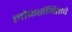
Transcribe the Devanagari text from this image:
लोकसंगिताचे